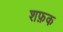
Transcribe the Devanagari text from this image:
शफ़क